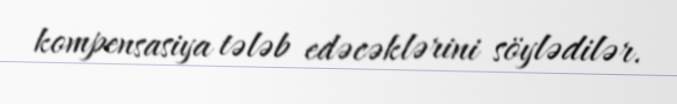
kompensasiya tələb edəcəklərini söylədilər.